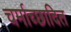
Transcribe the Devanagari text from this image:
चर्माच्छादित